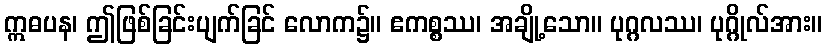
ဣဓပန၊ ဤဖြစ်ခြင်းပျက်ခြင် လောက၌။ ဧကစ္စဿ၊ အချို့သော။ ပုဂ္ဂလဿ၊ ပုဂ္ဂိုလ်အား။